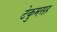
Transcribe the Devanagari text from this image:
टेकुमसह